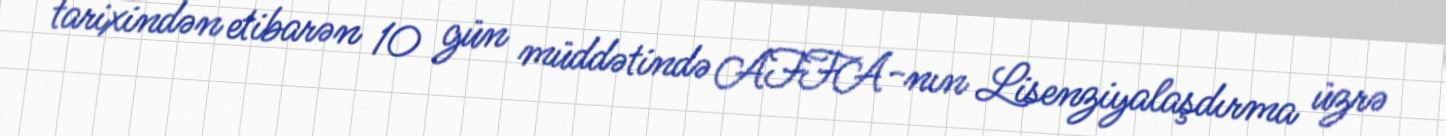
tarixindən etibarən 10 gün müddətində AFFA-nın Lisenziyalaşdırma üzrə